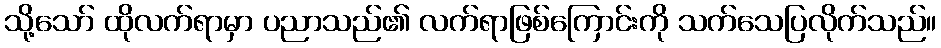
သို့သော် ထိုလက်ရာမှာ ပညာသည်၏ လက်ရာဖြစ်ကြောင်းကို သက်သေပြလိုက်သည်။